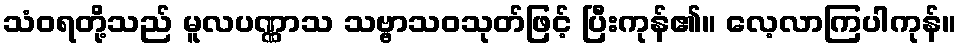
သံဝရတို့သည် မူလပဏ္ဏာသ သဗ္ဗာသဝသုတ်ဖြင့် ပြီးကုန်၏။ လေ့လာကြပါကုန်။